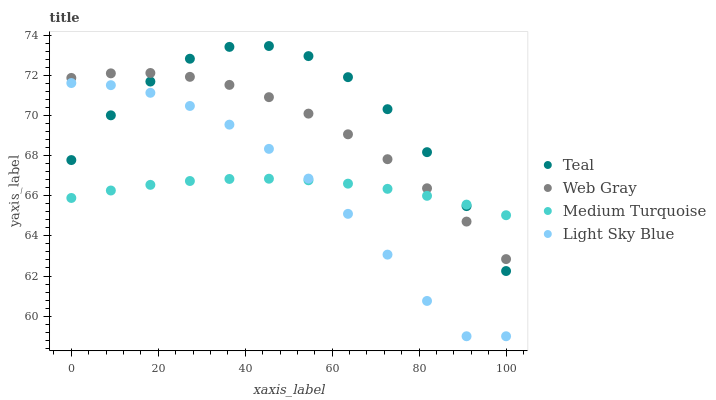
| xaxis_label | Teal | Web Gray | Medium Turquoise | Light Sky Blue |
 | --- | --- | --- | --- | --- |
 | 0 | 67.8 | 71.9 | 65.9 | 71.6 |
 | 9.09 | 70 | 72.1 | 66.3 | 71.5 |
 | 18.2 | 71.7 | 72.1 | 66.5 | 71.1 |
 | 27.3 | 72.8 | 71.9 | 66.7 | 70.5 |
 | 36.4 | 73.4 | 71.5 | 66.8 | 69.5 |
 | 45.5 | 73.5 | 70.9 | 66.8 | 68.3 |
 | 54.5 | 73 | 70.1 | 66.8 | 66.9 |
 | 63.6 | 71.9 | 69.1 | 66.6 | 65.1 |
 | 72.7 | 70.3 | 67.8 | 66.3 | 63.1 |
 | 81.8 | 68.2 | 66.4 | 66 | 60.8 |
 | 90.9 | 65.5 | 64.7 | 65.6 | 59 |
 | 100 | 62.2 | 62.8 | 65 | 59 |